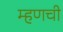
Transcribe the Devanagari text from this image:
म्हणची